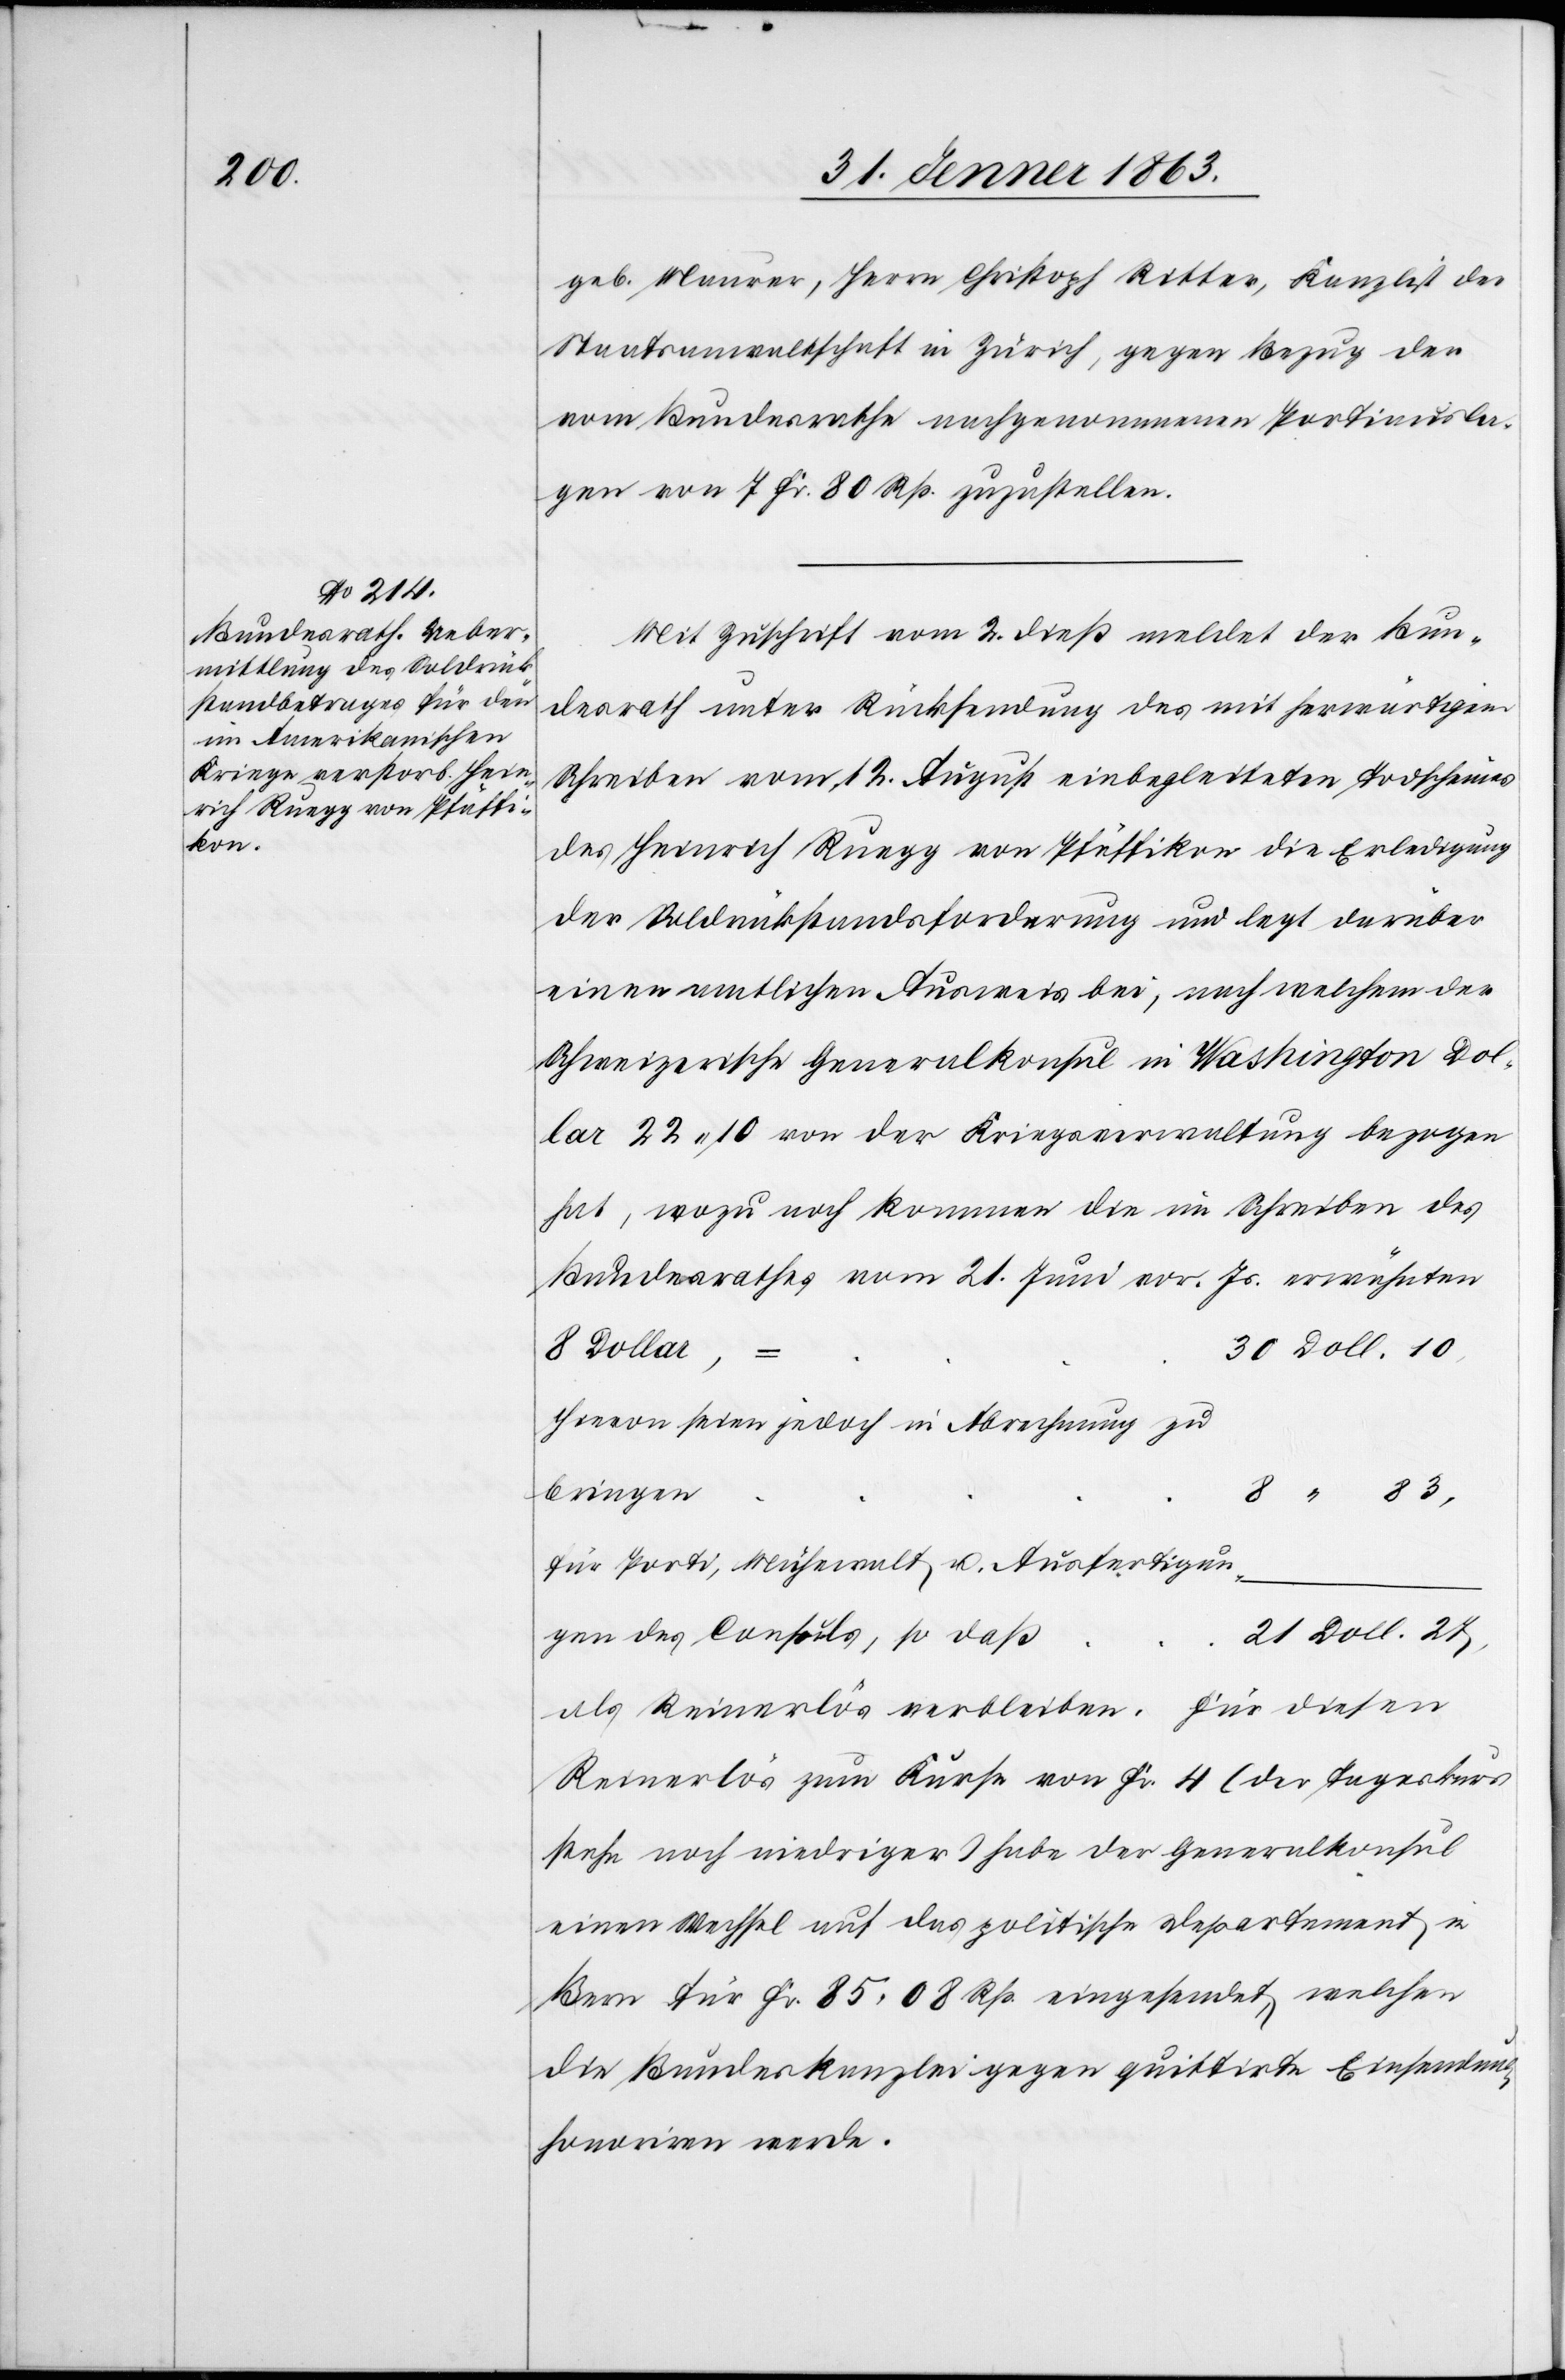
geb. Maurer, Herrn Christoph Ritter, Kanzlist der
Staatsanwaltschaft in Zürich, gegen Bezug der
vom Bundesrathe nachgenommenen Portiausla¬
gen von 7 Fr. 80 Rp. zuzustellen.
Mit Zuschrift vom 2. dieß meldet der Bun¬
desrath unter Rücksendung des mit herwärtigem
Schreiben vom 12. August einbegleiteten Todscheines
des Heinrich Ruegg von Pfäffikon die Erledigung
der Soldrückstandsforderung und legt darüber
einen amtlichen Ausweis bei, nach welchem der
Schweizerische Generalkonsul in Washington Dol¬
lar 22. 10 von der Kriegsverwaltung bezogen
hat, wozu noch kommen die Schreiben des
Bundesrathes vom 21. Juni vor. Js. erwähnten
8 Dollar,
=	30 Doll. 10,
hievon seien jedoch in Abrechnung zu
bringen	8
für Porti, Mühewalt u. Ausfertigun¬
ß	21 Doll. 27,
gen des Consuls, so da¬
als Reinerlös verbleiben. Für diesen
Reinerlös zum Kurse von Fr. 4 (der Tageskurs
stehe noch niedriger) habe der Generalkonsul
einen Wechsel auf das politische Departement in
Bern für Fr. 85. 08 Rp. eingesendet, welchen
die Bundeskanzlei gegen quittirte Einsendung
honoriren werde.